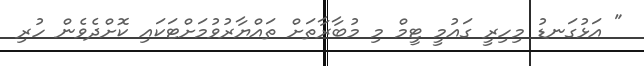
" އަޅުގަނޑު މިހިރީ ގައުމީ ޓީމް މި މުބާރާތަށް ތައްޔާރުވުމަށްޓަކައި ކޮށްދެވެން ހުރި